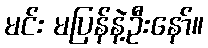
မင်း မပြန်နဲ့ဦးနော်။